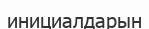
инициалдарын